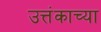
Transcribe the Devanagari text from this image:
उत्तंकाच्या